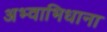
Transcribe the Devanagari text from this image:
अभ्वाभिधाना